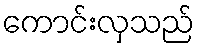
ကောင်းလှသည်